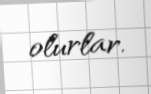
olurlar.